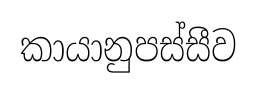
කායානුපස්සීව